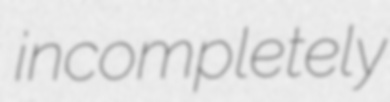
incompletely